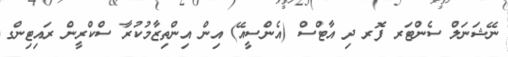
ނޭޝަނަލް ސެންޓަރ ފޮރ ދި އާޓްސް (އެންސީއޭ) އިން އިންތިޒާމުކުރާ ސްކްރީން ރައިޓިންގ